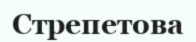
Стрепетова